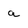
Character: a